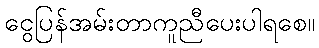
ငွေပြန်အမ်းတာကူညီပေးပါရစေ။